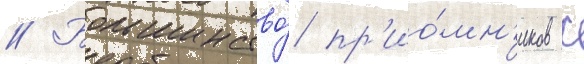
// Большинство́ пр'ио́мн'иков с